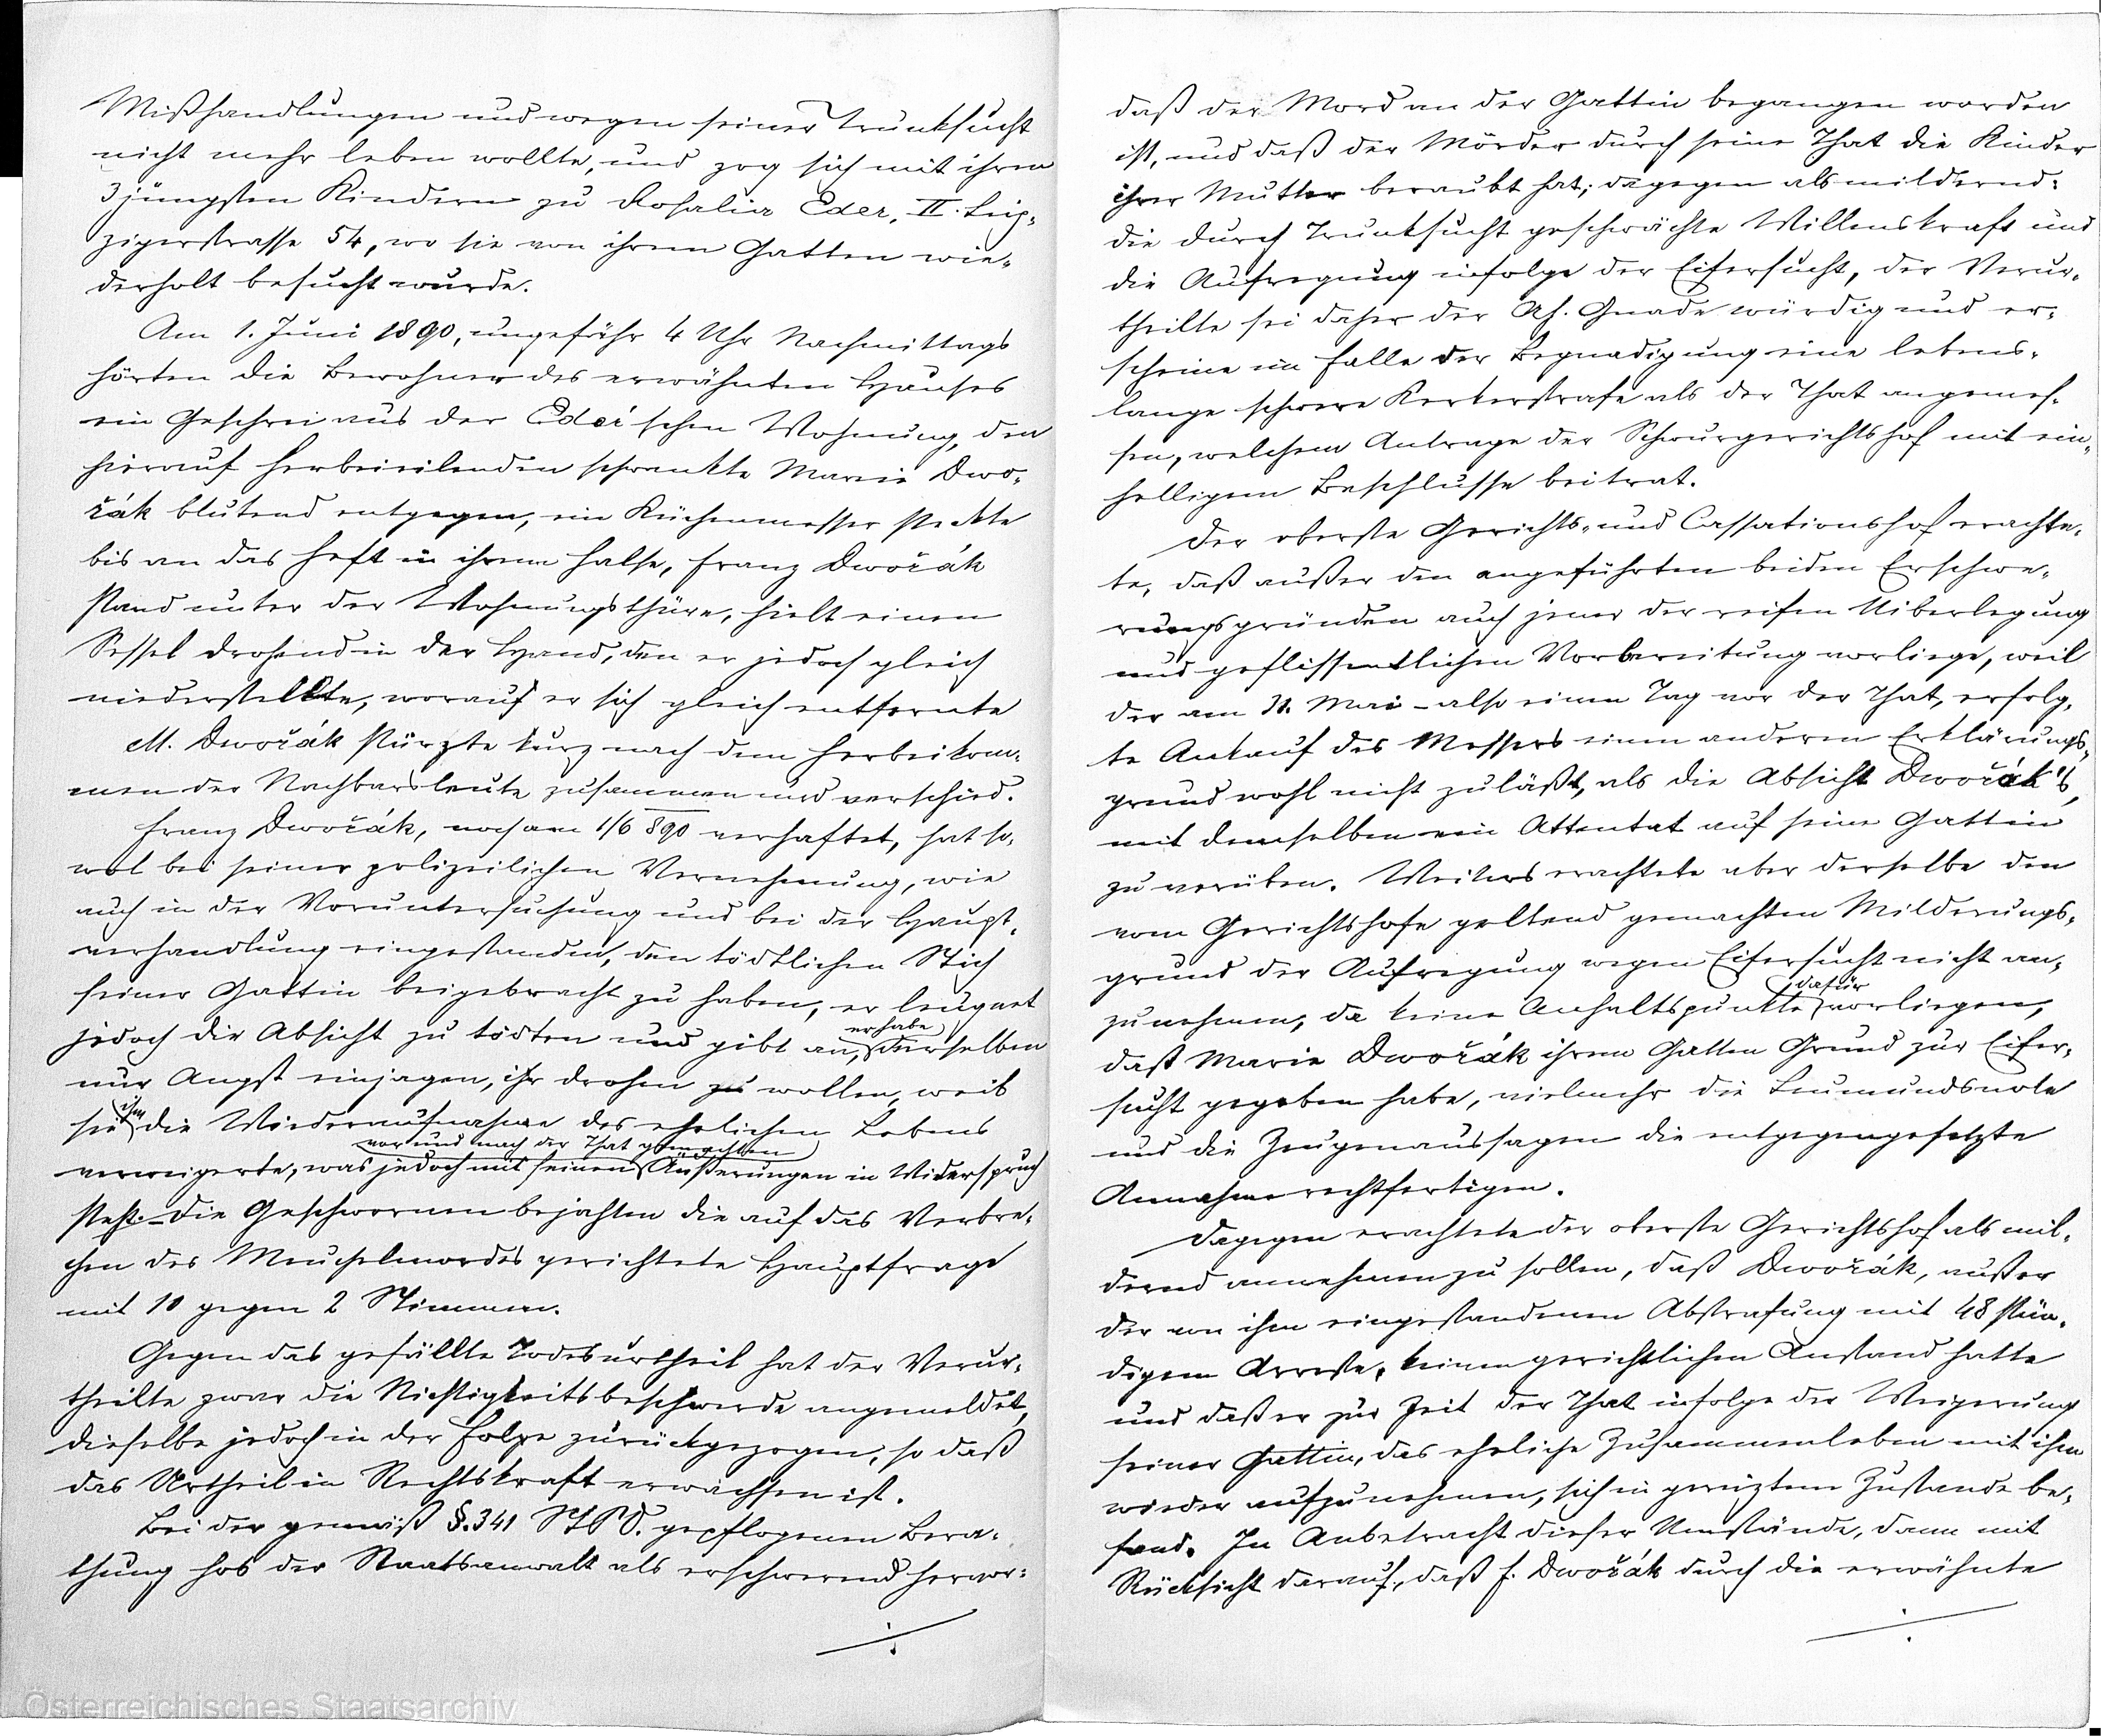
Mißhandlungen und wegen seiner Trunksucht
nicht mehr leben wollte, und zog sich mit ihren
3 jüngsten Kindern zu Rosalia Eder, II. Leip¬
zigerstrasse 54, wo sie von ihrem Gatten wie¬
derholt besucht wurde.
Am 1. Juni 1890, ungefähr 4 Uhr Nachmittags
hörten die Bewohner des erwähnten Hauses
ein Geschrei aus der Eder'schen Wohnung, den
hierauf herbeieilenden schwankte Marie Dro¬
řák blutend entgegen, ein Küchenmesser steckte
bis an das Heft in ihrem halse, Franz Drořák
stand unter der Wohnungsthüre, hielt einen
Sessel drohend in der Hand, den er jedoch gleich
niederstellte, worauf er sich gleich entfernte
M. Drořák stürzte kurz nach dem herbeikom¬
men der Nachbarsleute zusammen und verschied.
Franz Drořák, noch am 1/6 890 verhaftet, hat so¬
wol bei seiner polizeilichen Vernehmung, wie
auch in der Voruntersuchung und bei der Haupt¬
verhandlung eingestanden, den tödtlichen Stich
seiner Gattin beigebracht zu haben, er leugnet
erhabe
jedoch die Absicht zu tödten und gibt an, derselben
nur Angst einjagen, ihr drohen zu wollen, weib
ihm
sie die Wiederaufnahme des ehelichen Lebens
vor und nach der That gemachten
verweigerte, was jedoch mit seinen Äußerungen in Widerspruch
steht.- Die Geschwornen bejahten die auf das Verbre¬
chen des Meuchelmordes gerichtete Hauptfrage
mit 10 gegen 2 Stimmen.
Gegen das gefällte Todesurtheil hat der Verur¬
theilte zwar die Nichtigkeitsbeschwerde angemeldet,
dieselbe jedoch in der Folge zurückgezogen, so daß
das Urtheil in Rechtskraft erwachsen ist.
Bei der gemäß §. 341 Stxx gepflogenen Bera¬
thung hob der Staatsanwalt als erschwerend hervor

daß der Mord an der Gattin begangen worden
ist, und daß der Mörder durch seine That die Kinder
ihrer Mutter beraubt hat; dagegen als mildernd:
die durch Trunksucht geschwächte Willenskraft und
die Aufragung infolge der Eifersucht, der Verur¬
theilte sei daher der Ah. Gnade würdig und er¬
scheine im Falle der Begnadigung eine lebens¬
lange schwere Kerkerstrafe als der That angemes¬
sen, welchem Antrage der Schwurgerichtshof mit ein¬
helligem Beschlusse bei trat.
Der oberste Gerichts- und Cassationshof erachte¬
te, daß außer den angeführten beiden Erschwe¬
rungsgründen auch jener der reifen Uiberlegung
und geflissentlichen Vorbereitung vorliege, weil
der am 31. Mai _ also einen Tag vor der That, erfolg¬
te Ankauf des Messers einen anderen Erklärungs¬
grund wohl nicht zu läßt, als die Absicht Drořák's,
mit demselben ein Attentat auf seine Gattin
zu verüben. Weiters erachtete aber derselbe den
vom Gerichtshofe geltend gemachten Milderungs¬
grund der Aufragung wegen Eifersucht nicht an¬
dafür
zunehmen, da keine Anhaltspunkte vorliegen,
daß Marie Drořák ihrem Gallen Grund zur Eifer¬
sucht gegeben habe, vielmehr die Leumundsnote
und die Zeugenaussagen die entgegengesetzte
Annahme rechtfertigen.
Dagegen erachtete der oberste Gerichtshof als mil¬
dernd annehmen zu sollen, daß Drořák, außer
der von ihm eingestandenen Abstrafung mit 48 stän¬
digem Arreste, keinen gerichtlichen Anstand hatte
und daß er zur Zeit der That infolge der Weigerung
seiner Gattin, das eheliche Zusammenleben mit ihm
wieder aufzunehmen, sich in gereiztem Zustande be¬
fand. In Anbetracht dieser Umstände, dann mit
Rücksicht darauf, daß F. Drořák durch die erwähnte